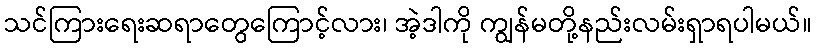
သင်ကြားရေးဆရာတွေကြောင့်လား၊ အဲ့ဒါကို ကျွန်မတို့နည်းလမ်းရှာရပါမယ်။